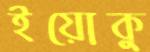
ইয়োকু